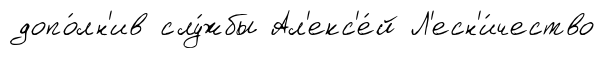
допо́лн'ив слу́жбы Ал'екс'е́й Л'есн'и́чество